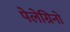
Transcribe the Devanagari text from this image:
पेलेग्रिनो